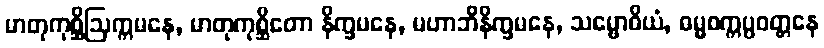
မာတုကုစ္ဆိဩက္ကမနေ, မာတုကုစ္ဆိတော နိက္ခမနေ, မဟာဘိနိက္ခမနေ, သမ္ဗောဓိယံ, ဓမ္မစက္ကပ္ပဝတ္တနေ